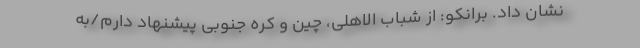
نشان داد. برانکو: از شباب الاهلی، چین و کره جنوبی پیشنهاد دارم/به